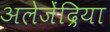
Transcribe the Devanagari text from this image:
अलेजेंद्रिया